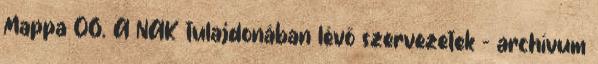
Mappa 06. A NAK tulajdonában lévő szervezetek - archívum